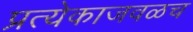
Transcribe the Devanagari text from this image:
प्रत्येकाजवळच